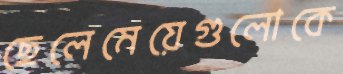
ছেলেমেয়েগুলোকে